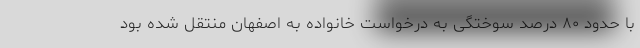
با حدود ۸۰ درصد سوختگی به درخواست خانواده به اصفهان منتقل شده بود